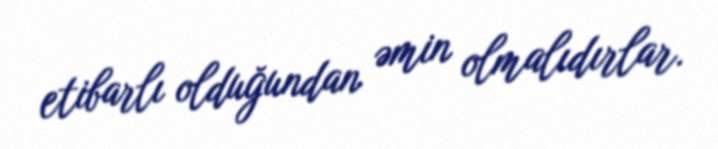
etibarlı olduğundan əmin olmalıdırlar.